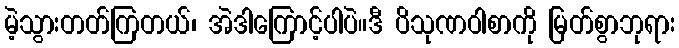
မဲ့သွားတတ်ကြတယ်၊ အဲဒါကြောင့်ပါပဲ။ဒီ ပိသုဏဝါစာကို မြတ်စွာဘုရား